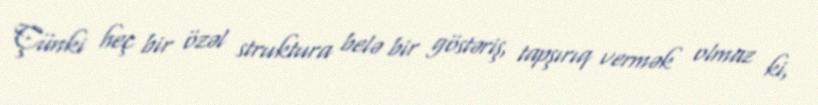
Çünki heç bir özəl struktura belə bir göstəriş, tapşırıq vermək olmaz ki,